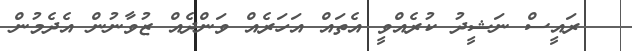
ރައީސް ނަޝީދު ކުރެއްވީ އެތައް އަހަރެއް ވަންދެއް ޒުވާނުން އެދެމުން